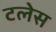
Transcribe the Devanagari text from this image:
टलेस